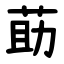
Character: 莇